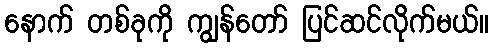
နောက် တစ်ခုကို ကျွန်တော် ပြင်ဆင်လိုက်မယ်။